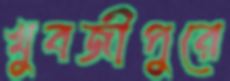
খুবজীপুরে